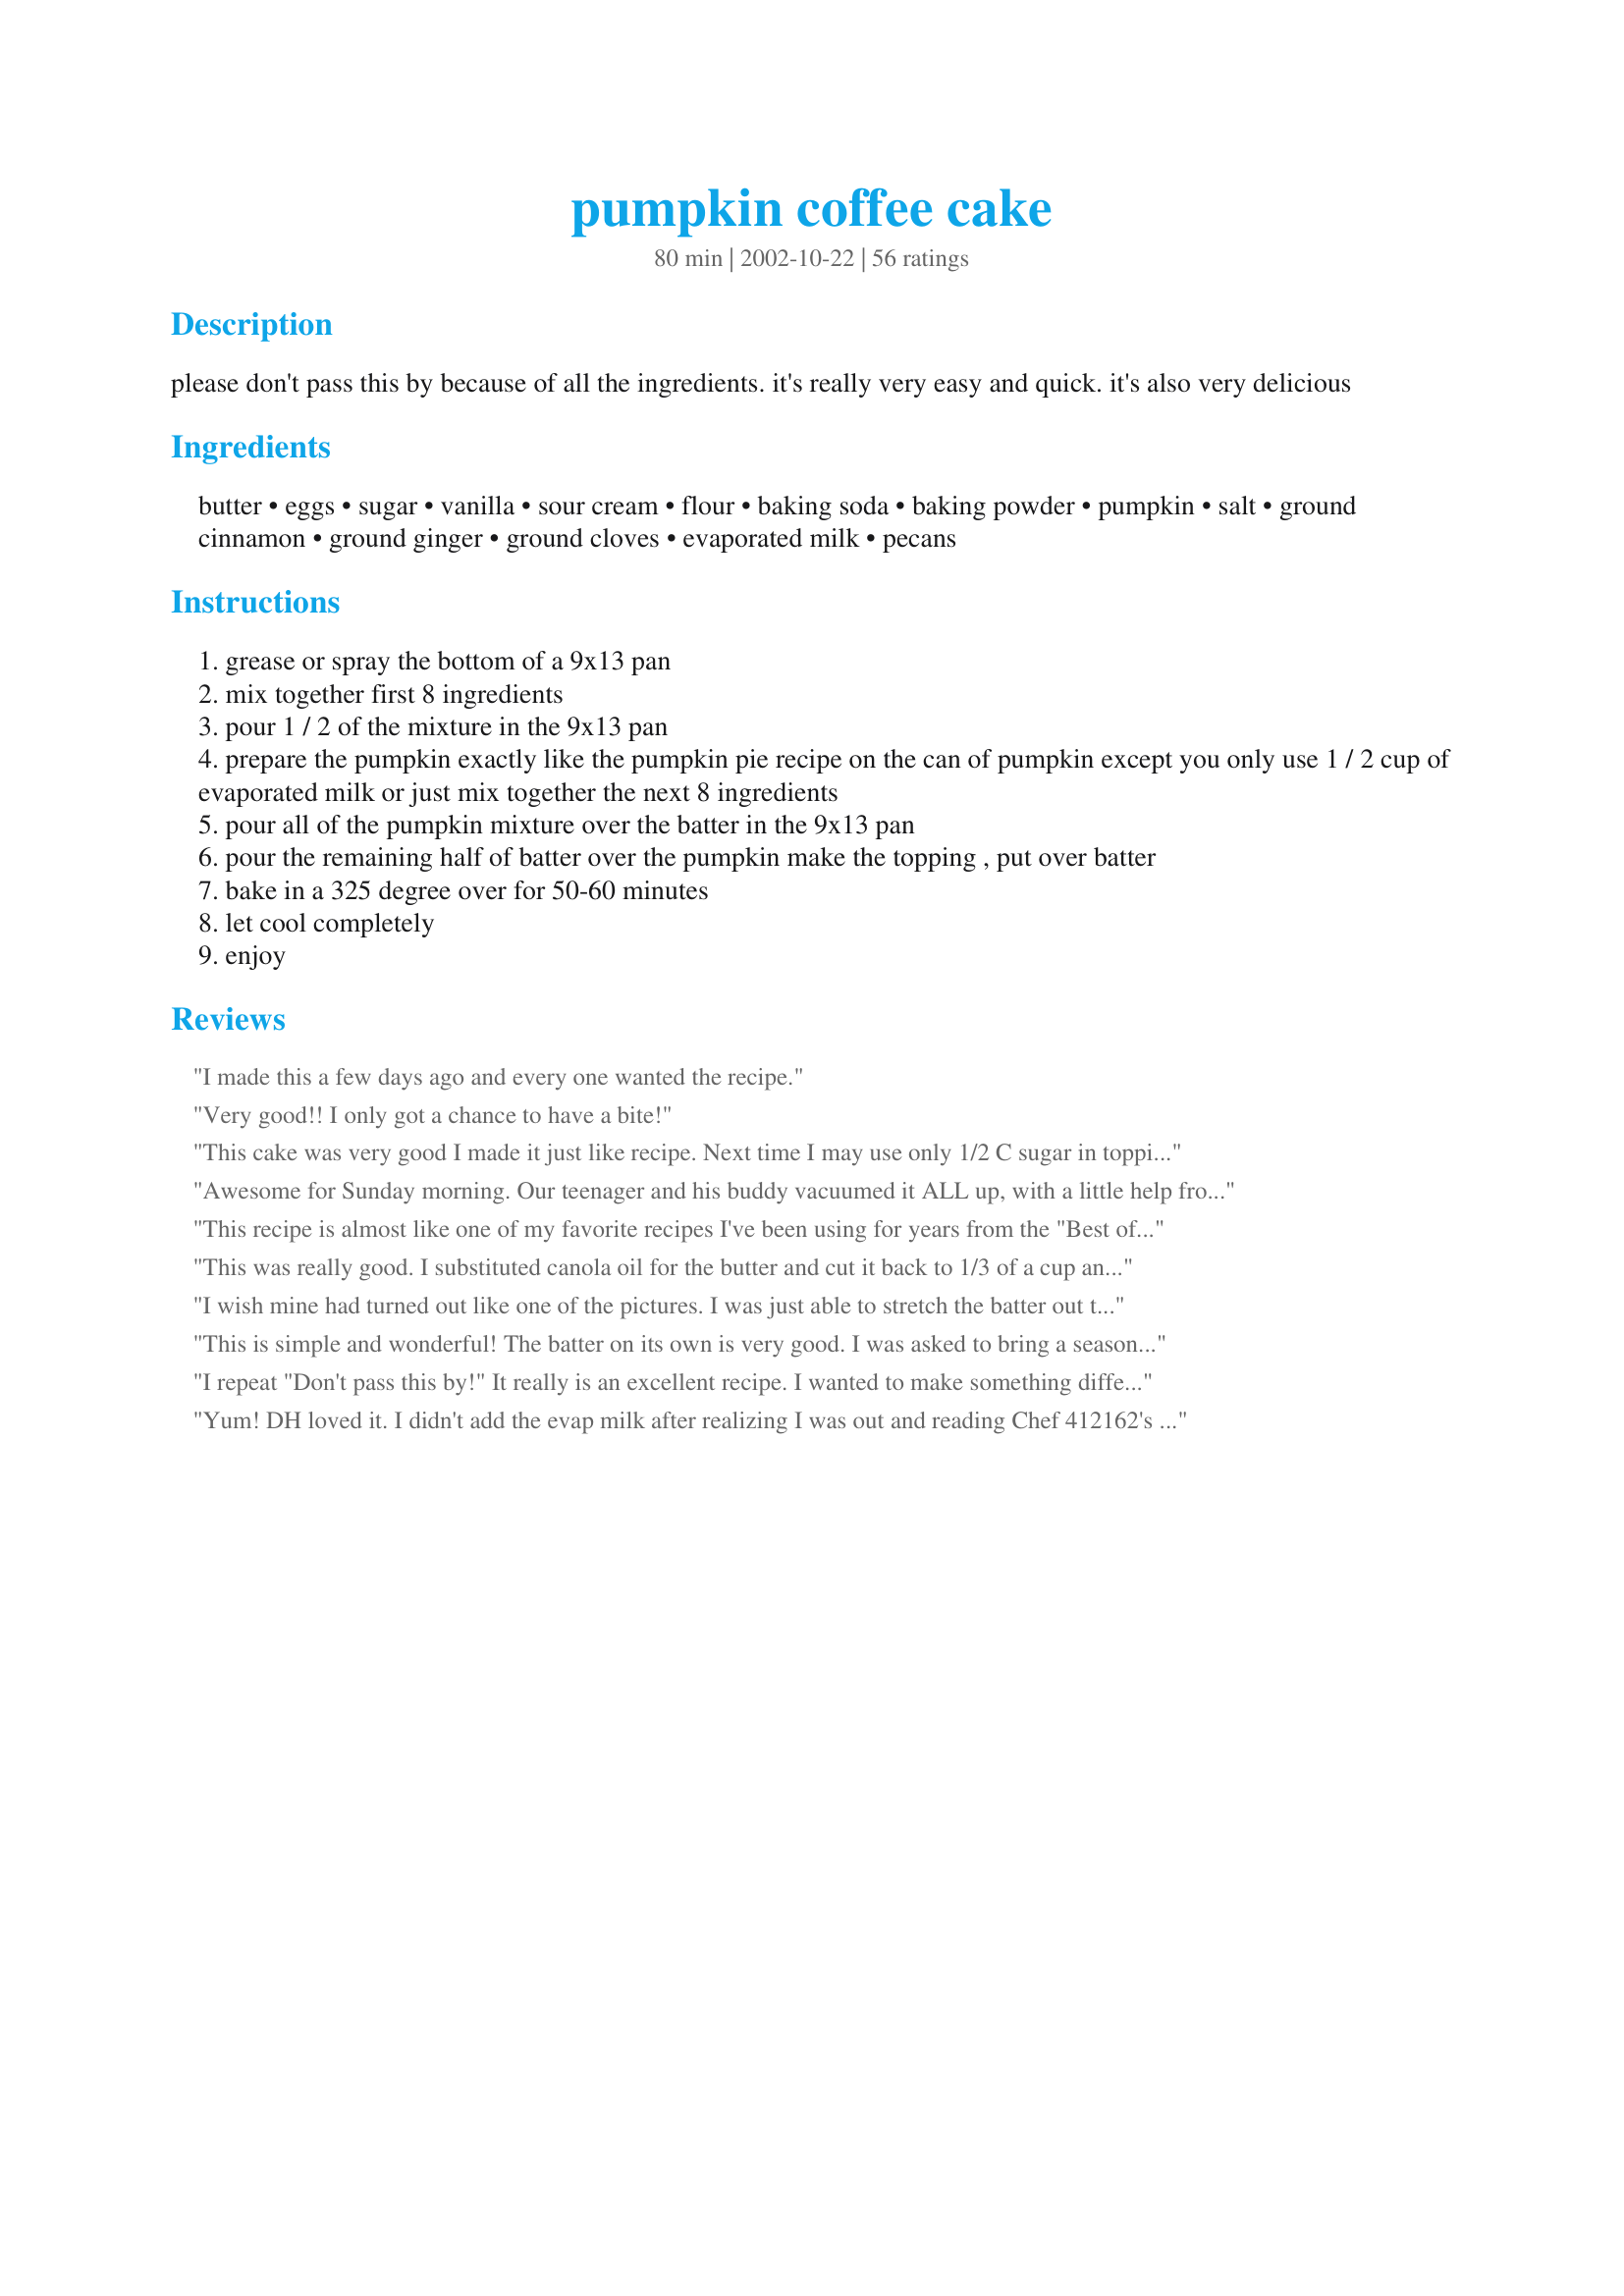
pumpkin coffee cake
Preparation time: 80 minutes

please don't pass this by because of all the ingredients. it's really very easy and quick. it's also very delicious

Ingredients:
butter, eggs, sugar, vanilla, sour cream, flour, baking soda, baking powder, pumpkin, salt, ground cinnamon, ground ginger, ground cloves, evaporated milk, pecans

Steps:
grease or spray the bottom of a 9x13 pan
mix together first 8 ingredients
pour 1 / 2 of the mixture in the 9x13 pan
prepare the pumpkin exactly like the pumpkin pie recipe on the can of pumpkin except you only use 1 / 2 cup of evaporated milk or just mix together the next 8 ingredients
pour all of the pumpkin mixture over the batter in the 9x13 pan
pour the remaining half of batter over the pumpkin make the topping , put over batter
bake in a 325 degree over for 50-60 minutes
let cool completely
enjoy

Reviews:
I made this a few days ago and every one wanted the recipe.
Very good!! I only got a chance to have a bite!
This cake was very good I made it just like recipe. Next time I may use only 1/2 C sugar in topping. Nice change from regular pumpkin pie. Thanks for posting this recipe.
Awesome for Sunday morning. Our teenager and his buddy vacuumed it ALL up, with a little help from the &#039;rents.

Only hitch was that the topping sank into the cake (I think this is a high altitude thing), but it tasted great mixed in, so no harm done. Next time I&#039;ll let half the topping sink in and put the other half on midway through the baking, just so it&#039;s prettier. This one&#039;s a keeper.
This recipe is almost like one of my favorite recipes I've been using for years from the "Best of the Best from Virginia" cookbook. The differences are: in the pumpkin layer: use 16 oz (2 c) of pumpkin, only 1/3 c sugar, only 1 egg, and no liquid added. The streusel layer calls for brown sugar instead of white. Also, 1/2 of the streusel is sprinkled over the first layer of batter (before the pumpkin layer is added. For easy speading of the 2nd layer, I place the batter in evenly spaced dollops, then spread with back of spoon. Worked well for me. Funny thing is: years ago someone brought a pumpkin coffee cake to work that I loved...only it was made with a yeast dough. No one knew who brought it in. I probably spent a year searching for a recipe similar to it and came across the one in the Best of..VA cookbook (which I truly love, but it's not the one I tasted from work). Today I began searching again for the yeast-dough-based pumpkin coffee cake.
This was really good. I substituted canola oil for the butter and cut it back to 1/3 of a cup and it still turned out nice. I thought the pumpkin could have been firmer so next time I will cut back on the milk. It might have just been the brand I used.
I wish mine had turned out like one of the pictures. I was just able to stretch the batter out to fit a 9x13 pan, perhaps a 9x9 would have given me more success? Great while warm from the oven but got soggy the next day.
This is simple and wonderful! The batter on its own is very good. I was asked to bring a seasonal/fall dessert to a political fundraiser â€“this fit the bill perfectly. I made 3 and drizzled white and orange chocolate over top; they were a huge hit. Everyone was so surprised by the pumpkin and not one piece was left. Iâ€™ll be making this again and again!!!
I repeat "Don't pass this by!" It really is an excellent recipe. I wanted to make something different for Thanksgiving than the traditional pumpkin pie. I will make it again. Everyone loved it. Thanks.
Yum! DH loved it. I didn't add the evap milk after realizing I was out and reading Chef 412162's review (I also added less sugar like she suggested). It wasn't like pumpkin pie, but it was still excellent. Will definitely add the evap milk & the full amt of sugar next time. Thanks for this wonderful special recipe!
This is my family's favorite coffee cake. We have it nearly every weekend. It really is easy, even with all the ingredients. This one's a keeper!
Yum! The most pleasant part of this recipe is that it is the best of both worlds. Tasty, tender coffee cake and spicy, creamy pumpkin pie. My main difference was in the mixing: I did not just mix the first eight ingredients together - I creamed the butter and sugar, added the eggs one at a time, added the vanilla, and added the sifted dry ingredients alternately with the sour cream. This resulted in a very airy and tender cake that was to die for on its own, not to mention with this very scrumptious pumpkin running through the middle. Thanks for sharing such a great recipe!
Wow!! What a great idea and a great cake. I love pumpkin pie so I loved this. I just dropped spoonfuls of batter over the pumpkin layer as it was obvious it would not spread well. Definately a keeper. Thanks for submitting this.
Delicious! I made this the night before and let it cool overnight under a tea towel. I only used 3/4 cup of sugar in the topping, and cut it into the (cold) butter and the pecans with a pastry blender. The top layer of batter swirled in with the pumpkin rather than laying on top (as stated) and it was delicious that way. I will definitely make this coffee cake again.
Excellent, easy to make and delicious. I brought it to work and everyone wanted the recipe. Highly recommend you give it a try! Thank you for sharing.
This is such a delicious coffee cake! I followed SJMG when it came to the mixing of the first eight ingredients. I also only needed to cook mine for 40min and it was nice and brown. Thanks for this great recipe!
I made this and took it to work the other day. One of my male co-workers tasted it and said "Boy, it's a good thing you're married." This was so yummy! After mixing up the batter, I thought it didn't look like enough for a 9x13 pan so I used a slightly smaller baking dish. Next time I make this I WILL use the 9x13 dish - the batter rises nicely. I didn't have any sour cream when I made this so I substituted 3/4 cup of buttermilk and it worked out just fine. Very tasty recipe Carol! I'll make this one again.
This was excellent! I made exactly as written, except I used brown sugar in the topping instead of white. The result was a moist and delicious cake that wasn't too sweet. A perfect recipe for pumpkin lovers. It didn't last long!
Excellent! My husband loves all of the sweets I've chosen to bake from zaar, but this was his favorite! The only thing I will change, next time, is to use brown sugar in the topping -- just as a personal preference. Thank you for the great recipe!
Oh, THIS is DELISH!! Made exactly as directed (except did lightly chop the pecans) & it turned out wonderfully! Nice crunchy topping, light fluffy cake layer, and smooth, creamy pumpkin middle. Mmmmmmmmm!!
Delicious, thanks for sharing this recipe. Made exactly as directed and will be making again.
You are right! It si so yummy!! I followed almost all the exact ingredients except that I have to make few adjustments on the spices so my toddlers can eat. Overall, it is delicious. Thanks alot :-)
Sooooo good!!! I used 2 tsp of pumpkin pie spice instead of individual spices. Also, there was no way I was going to be able to &quot;pour&quot; the batter over the pumpkin, so instead I put scoops of batter evenly spaced on top. One last thing I did was use 3/4 cup brown sugar and 1/4 cup sugar for topping which I mixed with the butter, then added 1/4 cup of baking mix (I used Jiff) before sprinkling over the top. The top came out great, with none of it sinking in the center as some reviewers stated. Definitely a keeper!
Delicious recipe, definetly a keeper!! I made it for a brunch and emailed the recipe to people who asked for it the night I got home. It was the hit of the brunch. I followed the recipe to the letter. Thanks!
Wow! This is delicious! Rather than try to 'spread' the top layer of batter over the pumpkin, I chose to put small dollops evenly over the top. There was no way I was going to get this to spread! But it was great, and didn't seem be cause a problem. This is a keeper!
Very tasty, like a pumpkin-pie coffeecake. I used vegetable shortening in place of butter, maple syrup or maple sugar in place of sugar, goat yogurt in place of sour cream, evaporated goats milk in place of regular, and 1.5 cups rice flour and .5 cup tapioca starch in place of flour.
I think this is truly great. I ate most the whole thing all by myself! 1 of my kids loved it, 1 thought it was ok while the other didn't care for it(but she does not like pumpkin much). I thought it was very coffee cake like. After starting the recipe, I found I did not have any evaporated milk so I used sweetened condensed and regular milk. And I did not add nuts. It still turned out great. I prefer this to pumpkin pie. And my sour cream was fat free.
Absolutely delicious. I took this to church last week and it was a huge hit. I had several requests for the recipe. Thsnks so much for posting.
I made this for a potluck and everyone loved it! Despite the amount of sugar, it isn't too sweet and goes wonderfully with coffee. I followed the directions as written.
Absolutely outstanding! My husband loved it so much that he took some to work to share with his coworkers. I followed the recipe exactly. I creamed the butter and sugar first for the cake batter and I also sifted the flour, soda and powder together before adding. 5+ stars!
This is excellent. Made it for an Easter brunch, and everyone liked it. Wouldn't change anything, and will make it again. Thanks for sharing a delicious recipe.
I made this for a church brunch and it was well received. I used the full amounts of sugar in this recipe and did not think it was too sweet at all. I did however, replace the white sugar in the topping with brown sugar.
this looks like a lot of work..but its so easy to throw together....i used a spatula to put the batter on the top layer...kept the batter part from mixing with the pumpkin mix...family loved it!!!!!!!!!!!!!!!
I thought this was good, not outstanding but very good for a relatively quick and simple(besides spreading the dough)dessert.
This is so good, Carol! Everyone I served it to thought it was yummy! This is the first time I've made a coffee cake with a pumpkin layer, and it was wonderful! In step 6, I was a little worried about the batter not pouring evenly over the pumpkin layer, but I found that the topping hid any 'imperfections'. When I make this again, I'll drop spoonfuls of the batter in intervals over the pumpkin layer so that the batter is distributed more uniformly. For the topping, I halved the amount of pecans. Next time, I will also halve the amount of sugar in the topping, as the cake was very sweet. This is definitely one worth making again. Thanks!
Well this was okay. I liked it but personally I think it has to much of a pumpkin pie taste. I think it would be better with some kind of glaze. I will say that my ten year old daughter loved it so I will make it again. Thank you.
This recipe is a keeper!!! Absolutely wonderful combination of textures and flavors. I doubled the recipe and made 2 cakes (using 29oz can of pumpkin) making one cake with nuts/other without due to allergies. Both were equally wonderful and there wasn't a crumb left!!! After reading the previous reviews on difficulty spreading, I added 1/2 cup milk into the batter~better spreading ability without compromising the recipe.
Will be making this cake again and again. Thank you for a great recipe!!!!!
This may be my new favourite cake! It's so soft and the flavour is just perfect. I did a few tweaks: I cut the sugar down to about 1/3 cup in the pumpkin mixture, and used 1/2 cup of brown sugar for the topping. I only had 1/2 cup of sour cream on hand; so I subbed in 1/2 cup evaporated milk (mixed with a touch of lime juice for acidity). I also followed other suggestions of creaming the butter and sugar first, adding eggs one at a time, and adding the dry and wet in parts. The batter was fairly thick so takes a little patience to spread it evenly but it really wasn't a problem at all. I probably baked mine closer to 65-70 minutes and just yum! It's so good both out of the oven and at room temperature. The cake portion can seem a little soggy after a day or two, like other people have noted, but I barely notice it.. to me, the pumpkin portion is keeping the cake portions soft and tender!! It's just so good! I'm sure I'll be making this often. (Edit to add: I made this again, but cut the ingredients in half for an 8x8&quot; pan. Overbaked a tad but still worked wonderfully and was delicious!)
The first time I made this I used a slightly smaller oblong pan than the recommended 9 x 13. The result was an undercooked cake BUT it was still delicious. I made it again using a 9 x 13 pan and it turned out great. Lots of sugar throughout this recipe but the folks at work didn't complain. Thanks for a great recipe.
Loved the taste of this cake!! Made as directed except creamed butter and sugar before adding dry ingredients. I had a taste right when it came out of the oven and LOVED it warm so that's how I served it!!
Oh my, this is GOOD! Even my finicky son ate it! My whole house smelled like spiced pumpkin. Apparently the smell wafted through the window as 2 of my neighbors called to ask what I was making!

The only ingredient I didn't have on hand was the pecans. I was concerned that without the nuts the topping of just butter/sugar would just melt into the cake, so I substituted quick cooking oats instead, and it was fabulous!
Thanks so much for our new breakfast(and snack and dessert) favorite! Oh, I invited the neighbors to have some, and they loved it too!
I am a huge pumpkin fan, so I tried this and wasn't disappointed. Made it just as written and it was gone in no time. Not just for breakfast that's for sure!
This is the best 'new' recipe I have found in a while for pumpkin. It is not for dieters or those dieters trying to loose weight but a definite take to a tea, coffee, or invite them in to try recipe. Heavy on sugar and fat it has all the tastes to match and then some. I am sharing it with everyone I know. LOL That is the highest compliment there could be.
What a way to welcome Fall! Better than Entenmann's (& we grew uo with Entenmann's!) Got up early today & made for DH & our houseguest - Wonderful texture! Creamed the butter & sugar for a couple of minutes & then added the eggs one at a time beating well. Sifted the dry ingredients & added 1/3 at a time, alternating with the sour cream - used 1 1/2 cups sour cream. Reduced sugar in pumpkin mix & topping (used 1/2 cup in pumpkin & 1/2 cup in topping) - this is simply outstanding. Perfect cakey texture with the smooth pumpkin & crunchy top contrast - 4 people ate over 1/2 in one brunch (lottsa calories to work off today!). Thank you Carol for a real keeper - easy enough to make in the am (I am not a good am person) & turns out fancy enough for guests!
Delicious! I made adjustments for a diabetic and it came out great. I used King Arthur white wheat flour (lower glycemic index) and substituted Splenda for the sugar. (I use about half the amount of Splenda, not a cup for cup substitution.) I omitted the topping and sprinkled nuts, cinnamon, a little Splenda and a chopped apple on the top. As for spreading that third layer, I gave up and dropped little bits like tiny dumplings instead. It has a nice look to it done that way.
I love this recipe! My family all enjoyed it as I made it for one of our first fall treats! Delicious and I didn't change a thing.
This was a bit weird to me, it seemed a little soggy and the topping sunk into the rest of the cake. The flavor was good, but not the best coffee cake I've ever had.
This is delicious! I used a 15 ounce can of pumpkin pie filling and just omitted the cinnamon, ginger, and cloves. I also put small dollops of the remaining batter all over the top of the pumpkin mixture, and that worked great. I whipped some heavy cream with powdered sugar, vanilla, and cinnamon to top the slightly warm coffee cake. This is a true keeper recipe, thanks so much for sharing it with us! Nick's Mom
This coffee cake was outstanding, but I agree with one of the reviewers that you can't just mix together the first 8 ingredients. Cream the butter and sugar. Add eggs one at a time. Add vanilla. Sift dry ingredients and add alternately with sour cram. Then proceed with Step #3. Also, beacuse there is a lot of topping, I spread half on top of the first layer of batter, and spread the remaining topping on top of the final batter layer. Excellent. Excellent. Excellent. Thank you, Carol.
GREAT! If you like pumpkin pie, you will love this. Moist, creamy-goodness.
My family and I loved this cake!!! I made it Saturday evening and it was gone Sunday afternoon!It has a very nice and light texture and was just spicey enough. I wouldn't change anything! Thanks for sharing this recipe!!
This was great - like eating coffe cake with a slice of pumpkin pie in the middle. Delicious!!
Very Good. I sent half to work with my husband this morning and an hour later he was calling me for the recipe. They loved it. I tried it warm from the oven and it was OK. It is definitely better completely cool as the recipe states. The cake itself is sooo good. I may try it with other fillings. I did take the suggestion in a review and only used 1/2c sugar for the topping. I also cut the sugar in the filling to 1/2 c because I ran out. We didn't miss it. I'll be adding this to my holiday cookbook.
Excellent, easy to make and delicious. Thanks
This cake is pretty good. Unlike many cakes, it's much better completely cooled than warm. I prefer to eat my pumpkin pie separate from my coffee cake so I probably won't make this again.
This is outstanding. I took it to work to share and everyone loved it. I used brown sugar in the topping.
